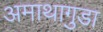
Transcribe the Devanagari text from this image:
अमाथागुडा